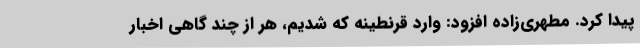
پیدا کرد. مطهری‌زاده افزود: وارد قرنطینه که شدیم، هر از چند گاهی اخبار